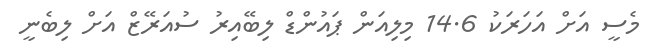
މެސީ އަށް އަހަރަކު 14.6 މިލިއަން ޕައުންޑް ލިބޭއިރު ސުއަރޭޒް އަށް ލިބެނީ